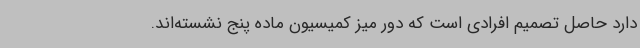
دارد حاصل تصمیم افرادی است که دور میز کمیسیون ماده پنج نشسته‌اند.